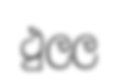
ථුලල